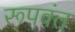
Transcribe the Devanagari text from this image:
रूपवंत